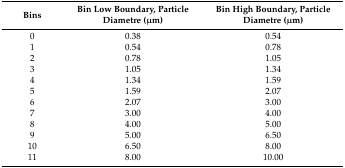
<table><thead><tr><td><b>Bins</b></td><td><b>Bin Low Boundary, Particle Diametre (μm)</b></td><td><b>Bin High Boundary, Particle Diametre (μm)</b></td></tr></thead><tbody><tr><td>0</td><td>0.38</td><td>0.54</td></tr><tr><td>1</td><td>0.54</td><td>0.78</td></tr><tr><td>2</td><td>0.78</td><td>1.05</td></tr><tr><td>3</td><td>1.05</td><td>1.34</td></tr><tr><td>4</td><td>1.34</td><td>1.59</td></tr><tr><td>5</td><td>1.59</td><td>2.07</td></tr><tr><td>6</td><td>2.07</td><td>3.00</td></tr><tr><td>7</td><td>3.00</td><td>4.00</td></tr><tr><td>8</td><td>4.00</td><td>5.00</td></tr><tr><td>9</td><td>5.00</td><td>6.50</td></tr><tr><td>10</td><td>6.50</td><td>8.00</td></tr><tr><td>11</td><td>8.00</td><td>10.00</td></tr></tbody></table>